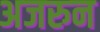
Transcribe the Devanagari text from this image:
अजरुन